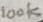
Text: 100K